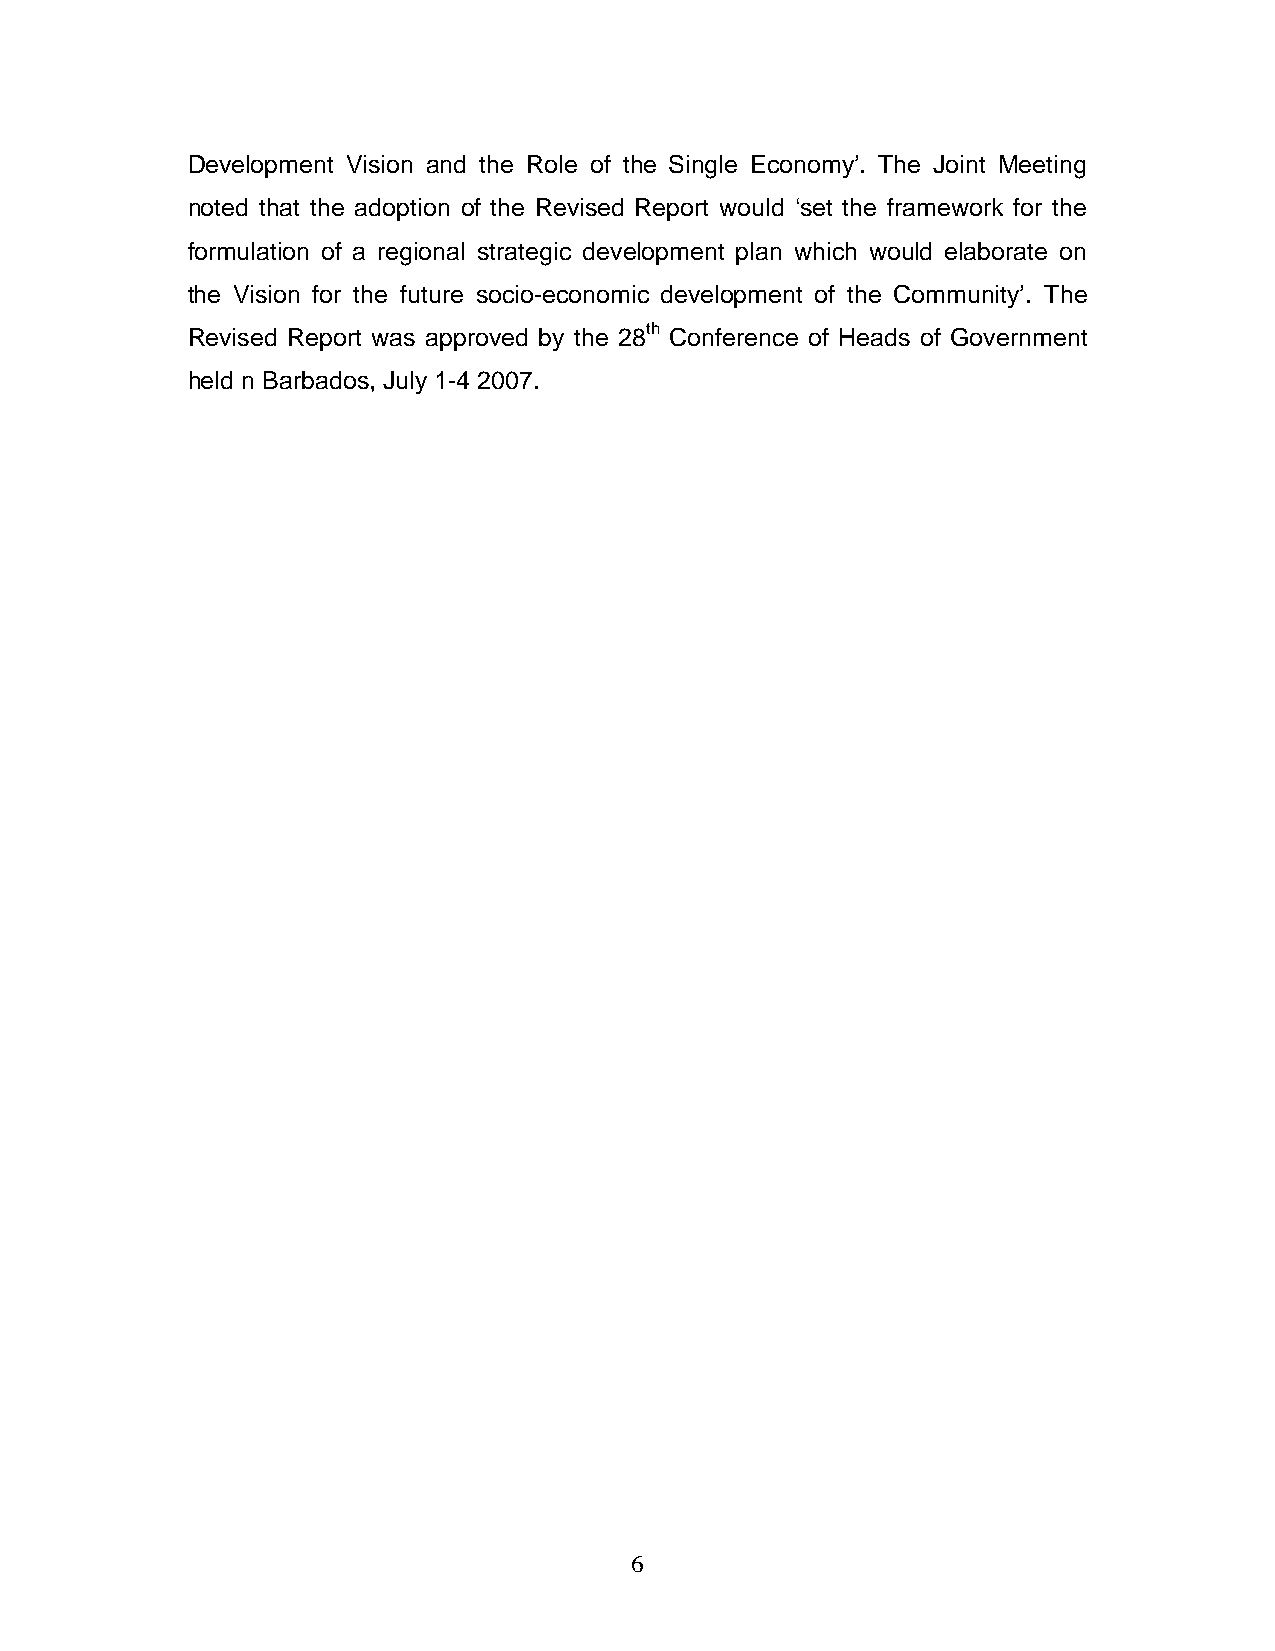
Development Vision and the Role of the Single Economy’. The Joint Meeting
 noted that the adoption of the Revised Report would ‘set the framework for the
 formulation of a regional strategic development plan which would elaborate on
 the Vision for the future socio-economic development of the Community’. The
 Revised Report was approved by the 28th Conference of Heads of Government
 held n Barbados, July 1-4 2007.
 6